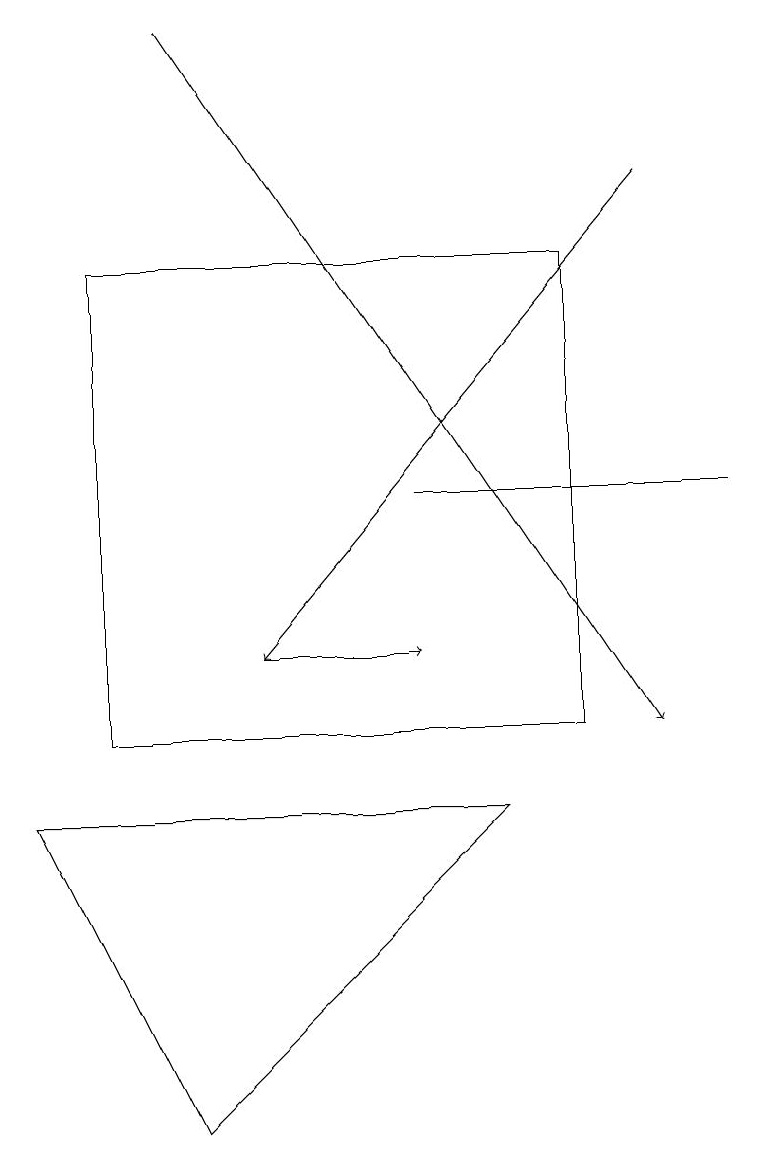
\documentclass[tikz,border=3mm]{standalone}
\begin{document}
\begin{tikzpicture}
\draw (7,10) rectangle (1,16);
\draw (2,5) -- (6,9) -- (0,9) -- cycle;
\draw[->] (3,11) -- (5,11);
\draw[->] (8,17) -- (3,11);
\draw (5,13) rectangle (9,13);
\draw[->] (2,19) -- (8,10);
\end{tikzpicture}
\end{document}